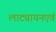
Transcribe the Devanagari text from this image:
लाट्यायनएवं